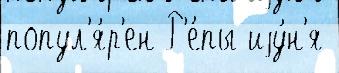
попул'я́р'ен Р'е́пы иjу́н'я